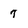
Character: 7